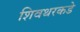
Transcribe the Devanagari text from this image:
शिवथरकडे